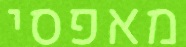
מאפסי